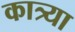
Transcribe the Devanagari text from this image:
कात्र्या